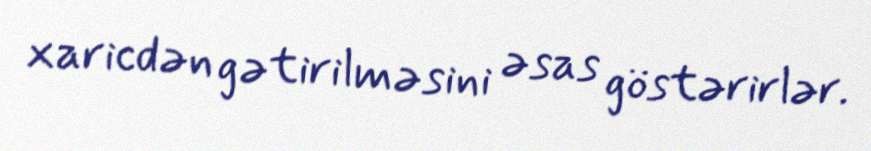
xaricdən gətirilməsini əsas göstərirlər.